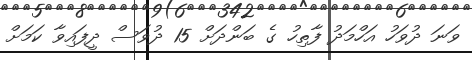
ވަނަ ދުވަހު އަހްމަދު ފާތިހު ގެ ބަންދަށް 15 ދުވަސް ދީފައިވާ ކަމަށް